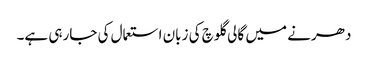
دھرنے میں گالی گلوچ کی زبان استعمال کی جارہی ہے۔